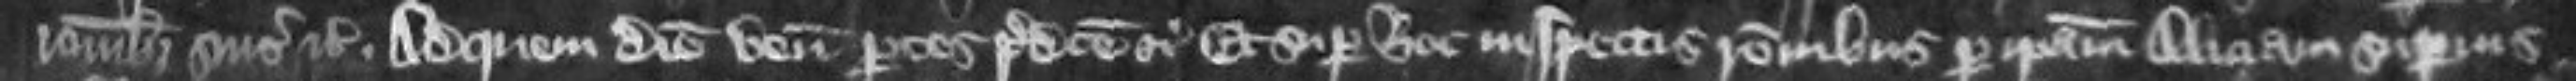
rationibus suis etc Ad quem diem veniunt partes predicte etc Et super hoc inspectis rationibus per ipsam Aliciam superius